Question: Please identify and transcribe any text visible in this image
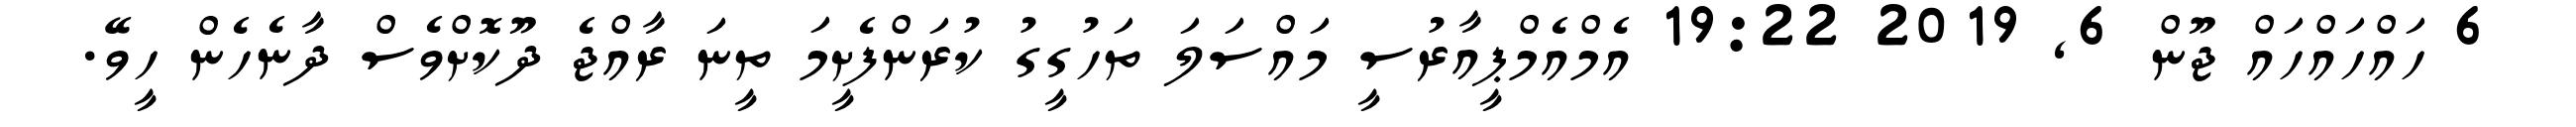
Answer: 6 ހައްހައްހައް ޖޫން 6, 2019 19:22 އެމްއެމްޕީއާރުސީ މައްސަލަ ތަހުގީގު ކުރަންފެށީމަ ތީނަ ރާއްޖެ ދޫކޮށްވެސް ދާނެހެން ހީވޭ.